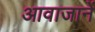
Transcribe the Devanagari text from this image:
आवाजानें